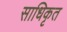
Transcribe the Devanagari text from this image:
साधिकृत